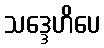
သဒ္ဒေဟိပေ